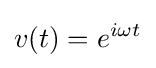
v(t)=e^{i\omega t}